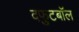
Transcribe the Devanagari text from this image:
दफुटबॉल